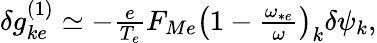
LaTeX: \begin{array}{r}{\delta g_{ke}^{(1)}\simeq-\frac{e}{T_{e}}F_{Me}\left(1-\frac{\omega_{*e}}{\omega}\right)_{k}\delta\psi_{k},}\end{array}